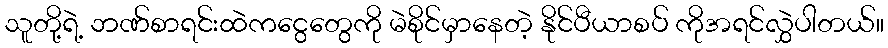
သူတို့ရဲ့ ဘဏ်စာရင်းထဲကငွေတွေကို မဲစိုင်မှာနေတဲ့ နိုင်ပီယာစပ် ကိုအရင်လွှဲပါတယ်။